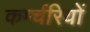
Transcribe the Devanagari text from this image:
कर्म्चरियों